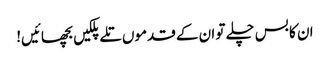
ان کا بس چلے تو ان کے قدموں تلے پلکیں بچھائیں!